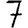
Digit: 7